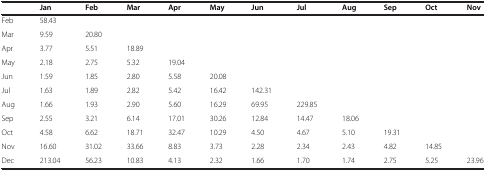
|  | Jan | Feb | Mar | Apr | May | Jun | Jul | Aug | Sep | Oct | Nov |
 | --- | --- | --- | --- | --- | --- | --- | --- | --- | --- | --- | --- |
 | Feb | 58.43 |  |  |  |  |  |  |  |  |  |  |
 | Mar | 9.59 | 20.80 |  |  |  |  |  |  |  |  |  |
 | Apr | 3.77 | 5.51 | 18.89 |  |  |  |  |  |  |  |  |
 | May | 2.18 | 2.75 | 5.32 | 19.04 |  |  |  |  |  |  |  |
 | Jun | 1.59 | 1.85 | 2.80 | 5.58 | 20.08 |  |  |  |  |  |  |
 | Jul | 1.63 | 1.89 | 2.82 | 5.42 | 16.42 | 142.31 |  |  |  |  |  |
 | Aug | 1.66 | 1.93 | 2.90 | 5.60 | 16.29 | 69.95 | 229.85 |  |  |  |  |
 | Sep | 2.55 | 3.21 | 6.14 | 17.01 | 30.26 | 12.84 | 14.47 | 18.06 |  |  |  |
 | Oct | 4.58 | 6.62 | 18.71 | 32.47 | 10.29 | 4.50 | 4.67 | 5.10 | 19.31 |  |  |
 | Nov | 16.60 | 31.02 | 33.66 | 8.83 | 3.73 | 2.28 | 2.34 | 2.43 | 4.82 | 14.85 |  |
 | Dec | 213.04 | 56.23 | 10.83 | 4.13 | 2.32 | 1.66 | 1.70 | 1.74 | 2.75 | 5.25 | 23.96 |